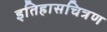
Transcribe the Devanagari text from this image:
इतिहासचित्रण